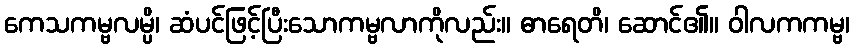
ကေသကမ္ဗလမ္ပိ၊ ဆံပင်ဖြင့်ပြီးသောကမ္ဗလာကိုလည်း။ ဓာရေတိ၊ ဆောင်၏။ ဝါလကကမ္ဗ၊